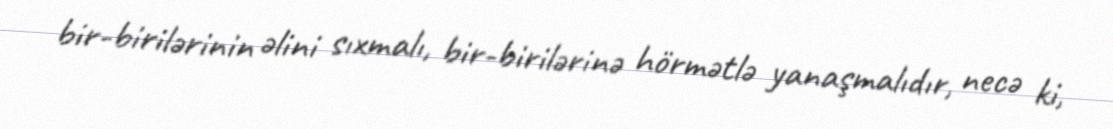
bir-birilərinin əlini sıxmalı, bir-birilərinə hörmətlə yanaşmalıdır, necə ki,